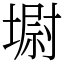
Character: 墛